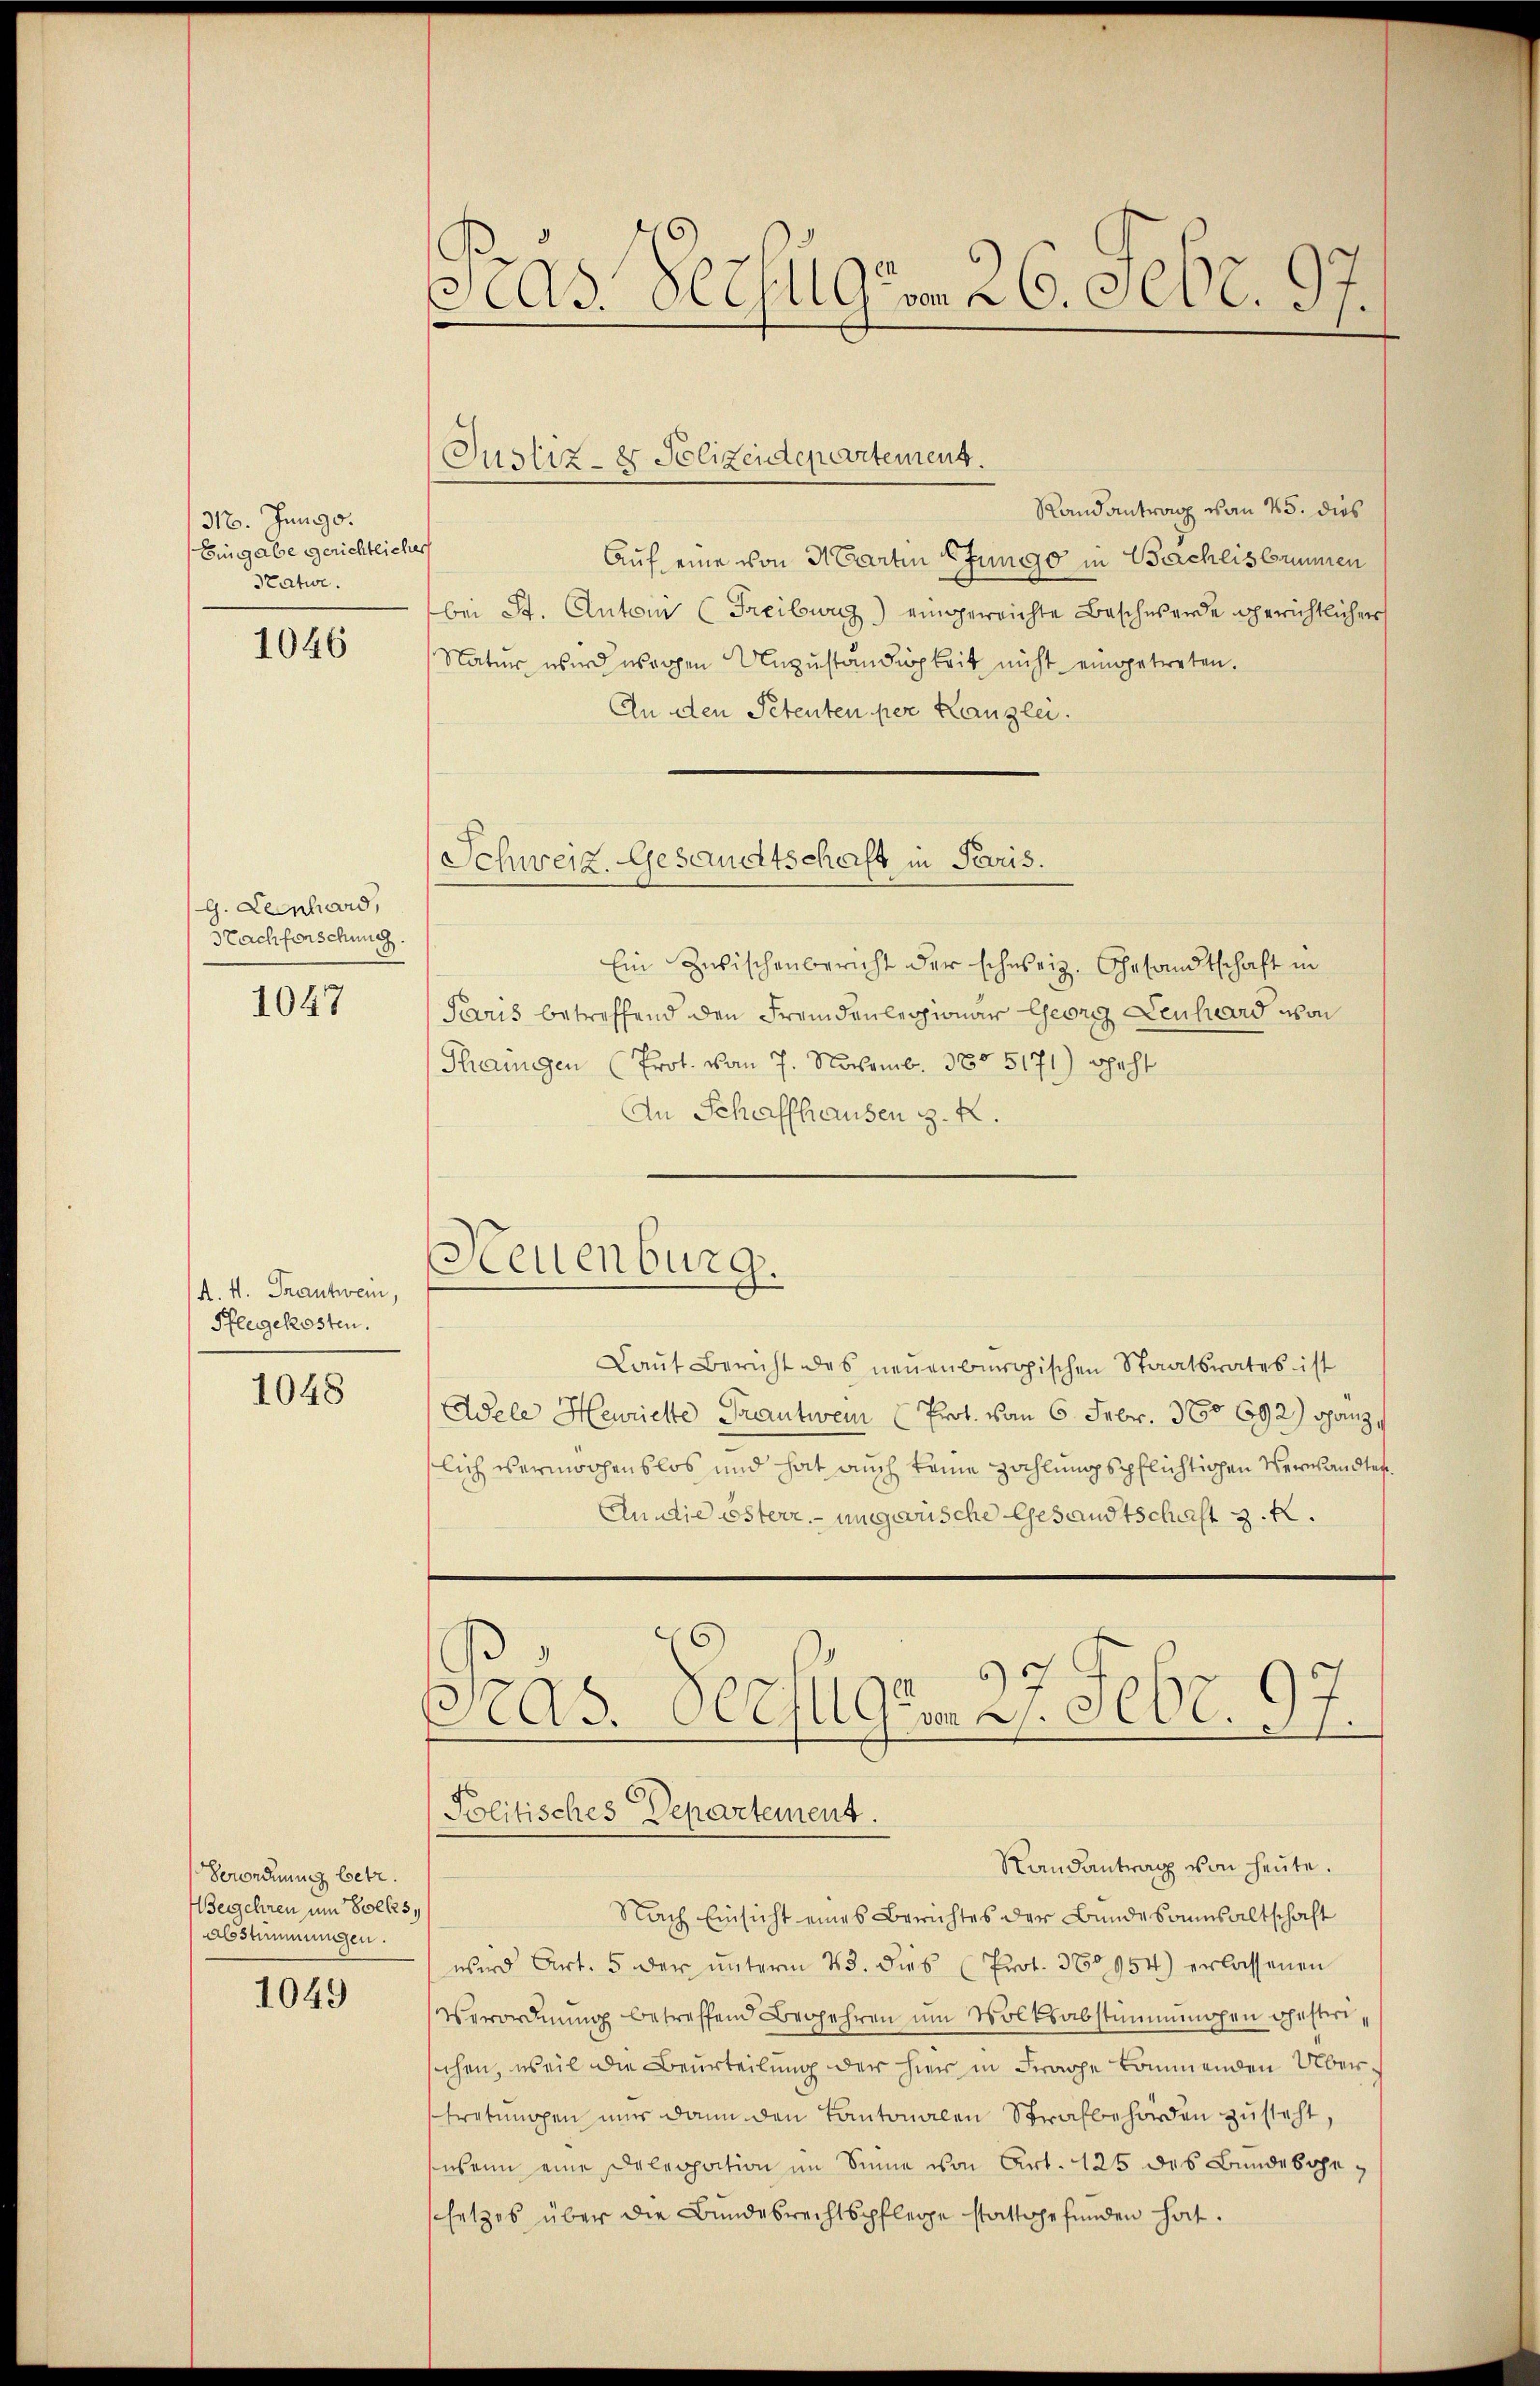
316. Juny d.
Eingabe gerichtliche
Peatur.

1046

g. Lenhard,
Nachforschung.

1047

(A. 4. Frantwein,
Pflegekosten.

1048

Verordnung betr.
Wegehren um Volkes,
Abstammungen.

1049

Pras Verfügen 26. Febr. 97.

Randantrag von 25. dies
Auf eine von Martin Pfungo in Beschlis brumen
bei St. Anton (Freiburg) eingereichte Beschwerde gerichtlicher
Natur, wird wegen Unzuständigkeit nicht eingetreten.
An den Petenten per Kanzlei.
Ein Zwischenbericht der schweiz. Gesandtschaft in
Paris betreffend den Fremdenlegionar Georg Lenhard von
Thingen (Prot. Von 7. Novemb. 385. 5171) geht
An Schaffhausen z. K.
Laut Bericht des neuenburgischen Staatsrates ist
Adele Henrichte Frantwein Prot. vom 6. Febr. 36. 692) ganz
slich vermochenslos und hat auch keine Zahlungspflichtigen Verwandten
Anndie österr. ungewische Gesandtschaft z. R.
Pras. Perfigen 27. Febr. 97.
Politisches Departement.
Randantrag von heute.
Nach Einsicht eines Berichtes der Bundesaumsaltschaft
wird Art. 5 der ŭnterm 23. dies (Prot. 380954) erlassenen
Verordnung betreffend Begehren um Volksabstimmungen gesterischen, weil die Beurteilung der hier in Frage kommenden Übertretungen nur dann den Kantonalen Strafbehörden zusteht,
wenn eine Deleopation im Sinne von Art. 125 des Bundesgessetzes über die Bundesrechtspflege stattgefunden hat.

Justiz- & Polizeidepartement.

Schweiz. Gesandtschaft in Paris.

Neuenburg.